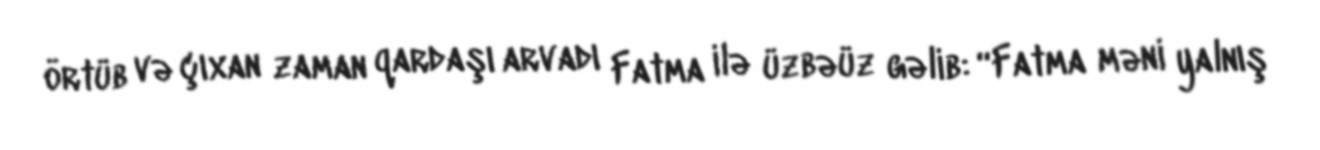
örtüb və çıxan zaman qardaşı arvadı Fatma ilə üzbəüz gəlib: “Fatma məni yalnış